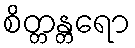
စိတ္တန္တရော